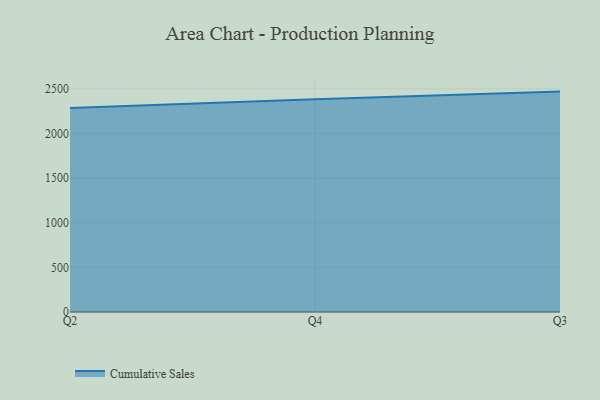
{"axis": {"x": "Quarter", "y": "Operating Costs (USD K)"}, "legend": ["Cumulative Sales"], "data": [{"x": "Q2", "y": 2286.4, "type": "Cumulative Sales"}, {"x": "Q4", "y": 2384.0, "type": "Cumulative Sales"}, {"x": "Q3", "y": 2468.7, "type": "Cumulative Sales"}]}